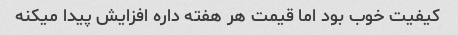
کیفیت خوب بود اما قیمت هر هفته داره افزایش پیدا میکنه